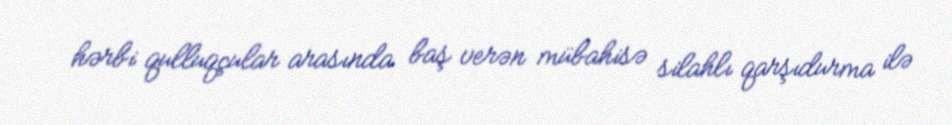
hərbi qulluqçular arasında baş verən mübahisə silahlı qarşıdurma ilə